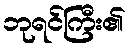
ဘုရင်ကြီး၏